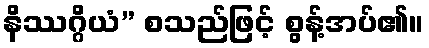
နိဿဂ္ဂိယံ” စသည်ဖြင့် စွန့်အပ်၏။